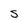
Character: S